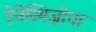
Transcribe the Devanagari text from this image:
ऐनेस्थिज़ीया